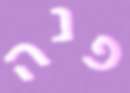
פנה